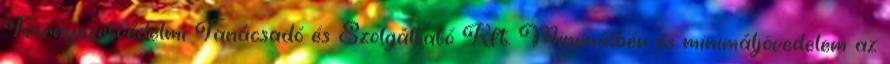
Környezetvédelmi Tanácsadó és Szolgáltató Kft. Minimálbér és minimáljövedelem az